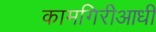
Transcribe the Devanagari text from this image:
कामगिरीआधी